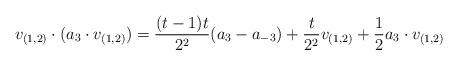
LaTeX: \begin{align*}v_{(1,2)} \cdot (a_3 \cdot v_{(1,2)}) = \frac{(t - 1)t}{2^2}(a_3 - a_{-3}) + \frac{t}{2^2}v_{(1,2)} + \frac{1}{2} a_3 \cdot v_{(1,2)}\end{align*}